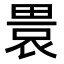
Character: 𤲡